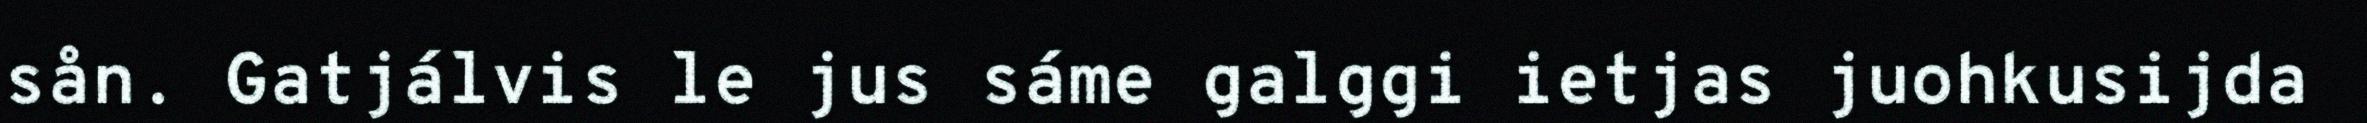
sån. Gatjálvis le jus sáme galggi ietjas juohkusijda